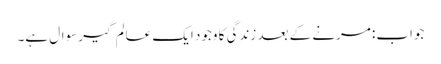
جواب: مرنے کے بعد زندگی کا وجود ایک عالم گیر سوال ہے۔